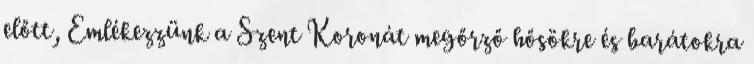
előtt, Emlékezzünk a Szent Koronát megőrző hősökre és barátokra